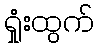
ရှုံးထွက်